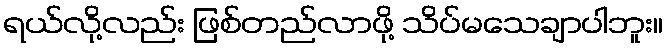
ရယ်လို့လည်း ဖြစ်တည်လာဖို့ သိပ်မသေချာပါဘူး။